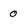
Character: 0